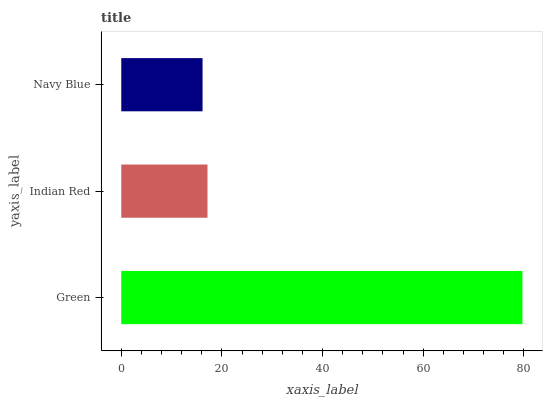
| yaxis_label | bars |
 | --- | --- |
 | Green | 79.7 |
 | Indian Red | 17.1 |
 | Navy Blue | 16.2 |